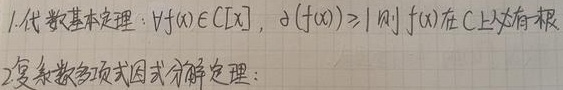
1. 代数基本定理：若$\forall f(x)\in\mathbb{C}[x]$，且$\partial(f(x))\geq1$，则$f(x)$在$\mathbb{C}$上必有根。
2. 复系数多项式因式分解定理：